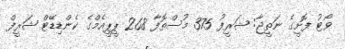
ވޯޓު ފޮށީގެ ނަތީޖާ: ޝަރީފު 375 މުސްތޮފާ 268 ޕީޕީއެމްގެ ކެންޑިޑޭޓް ޝަރީފް